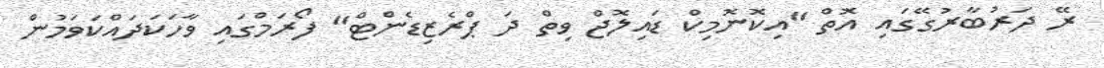
ރޭ ދަރުބާރުގޭގައި އޮތް "އިކޮނޮމިކް ޑައިލޮޖް ވިތް ދަ ޕްރެޒިޑެންޓް" ފޯރަމްގައި ވާހަކަދައްކަވަމުން